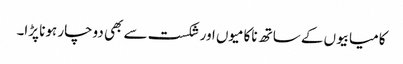
کامیابیوں کے ساتھ ناکامیوں اور شکست سے بھی دوچار ہونا پڑا۔